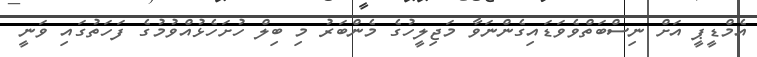
އެމްޑީޕީ އަށް ނިސްބަތްވެވަޑައިގެންނަވާ މަޖިލީހުގެ މެންބަރު މި ބިލް ހުށަހެޅުއްވުމުގެ ފަހަތުގައި ވަނީ